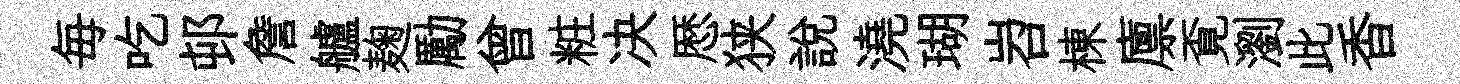
毎吃邨詹艫麹勵曾粧决厯狭説澆瑚岧棟廪覔瀏此香